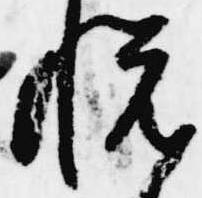
悦